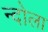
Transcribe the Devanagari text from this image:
न्दोला